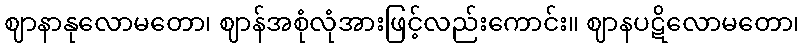
ဈာနာနုလောမတော၊ ဈာန်အစုံလုံအားဖြင့်လည်းကောင်း။ ဈာနပဋိလောမတော၊